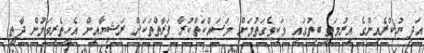
އަދި ޔުކްރެއިންގެ އިރުމަތީ ބިތުގައި ވަކިވެގަތުމަށް މަސައްކަތްކުރާ ފަރާތްތަކަށް ރަޝިޔާއިން އެހީތެރިވަމުން ދާތީ